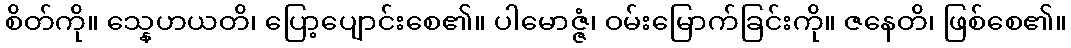
စိတ်ကို။ သ္နေဟယတိ၊ ပြော့ပျောင်းစေ၏။ ပါမောဇ္ဇံ၊ ဝမ်းမြောက်ခြင်းကို။ ဇနေတိ၊ ဖြစ်စေ၏။